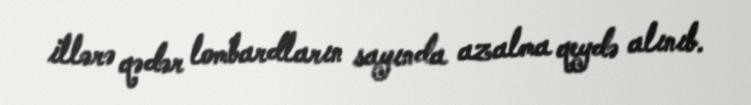
illərə qədər lombardların sayında azalma qeydə alınıb.